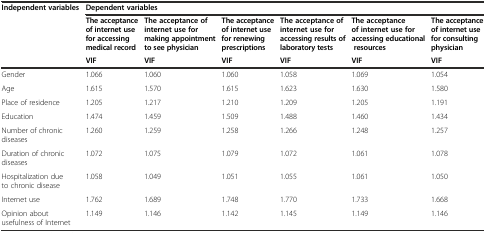
| Independent variables | <COLSPAN=6> Dependent variables |
 |  | The acceptance of internet use for accessing medical record | The acceptance of internet use for making appointment to see physician | The acceptance of internet use for renewing prescriptions | The acceptance of internet use for accessing results of laboratory tests | The acceptance of internet use for accessing educational resources | The acceptance of internet use for consulting physician |
 |  | VIF | VIF | VIF | VIF | VIF | VIF |
 | --- | --- | --- | --- | --- | --- | --- |
 | Gender | 1.066 | 1.060 | 1.060 | 1.058 | 1.069 | 1.054 |
 | Age | 1.615 | 1.570 | 1.615 | 1.623 | 1.630 | 1.580 |
 | Place of residence | 1.205 | 1.217 | 1.210 | 1.209 | 1.205 | 1.191 |
 | Education | 1.474 | 1.459 | 1.509 | 1.488 | 1.460 | 1.434 |
 | Number of chronic diseases | 1.260 | 1.259 | 1.258 | 1.266 | 1.248 | 1.257 |
 | Duration of chronic diseases | 1.072 | 1.075 | 1.079 | 1.072 | 1.061 | 1.078 |
 | Hospitalization due to chronic disease | 1.058 | 1.049 | 1.051 | 1.055 | 1.061 | 1.050 |
 | Internet use | 1.762 | 1.689 | 1.748 | 1.770 | 1.733 | 1.668 |
 | Opinion about usefulness of Internet | 1.149 | 1.146 | 1.142 | 1.145 | 1.149 | 1.146 |